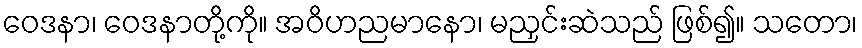
ဝေဒနာ၊ ဝေဒနာတို့ကို။ အဝိဟညမာနော၊ မညှင်းဆဲသည် ဖြစ်၍။ သတော၊